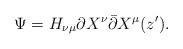
LaTeX: \begin{align*}\Psi=H_{\nu\mu}\partial X^{\nu}\bar{\partial} X^{\mu}(z^{\prime}).\end{align*}